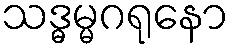
သဒ္ဓမ္မဂရုနော